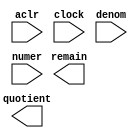
// megafunction wizard: %LPM_DIVIDE%VBB%
// GENERATION: STANDARD
// VERSION: WM1.0
// MODULE: LPM_DIVIDE 

// ============================================================
// Megafunction Name(s):
// 			LPM_DIVIDE
//
// Simulation Library Files(s):
// 			lpm
// ============================================================
// ************************************************************
// THIS IS A WIZARD-GENERATED FILE. DO NOT EDIT THIS FILE!
//
// 16.1.0 Build 196 10/24/2016 SJ Lite Edition
// ************************************************************

//Copyright (C) 2016  Intel Corporation. All rights reserved.
//Your use of Intel Corporation's design tools, logic functions 
//and other software and tools, and its AMPP partner logic 
//functions, and any output files from any of the foregoing 
//(including device programming or simulation files), and any 
//associated documentation or information are expressly subject 
//to the terms and conditions of the Intel Program License 
//Subscription Agreement, the Intel Quartus Prime License Agreement,
//the Intel MegaCore Function License Agreement, or other 
//applicable license agreement, including, without limitation, 
//that your use is for the sole purpose of programming logic 
//devices manufactured by Intel and sold by Intel or its 
//authorized distributors.  Please refer to the applicable 
//agreement for further details.

module signed_divide_delay (
	aclr,
	clock,
	denom,
	numer,
	quotient,
	remain);

	input	  aclr;
	input	  clock;
	input	[27:0]  denom;
	input	[27:0]  numer;
	output	[27:0]  quotient;
	output	[27:0]  remain;

endmodule

// ============================================================
// CNX file retrieval info
// ============================================================
// Retrieval info: PRIVATE: INTENDED_DEVICE_FAMILY STRING "MAX 10"
// Retrieval info: PRIVATE: PRIVATE_LPM_REMAINDERPOSITIVE STRING "TRUE"
// Retrieval info: PRIVATE: PRIVATE_MAXIMIZE_SPEED NUMERIC "-1"
// Retrieval info: PRIVATE: SYNTH_WRAPPER_GEN_POSTFIX STRING "0"
// Retrieval info: PRIVATE: USING_PIPELINE NUMERIC "1"
// Retrieval info: PRIVATE: VERSION_NUMBER NUMERIC "2"
// Retrieval info: PRIVATE: new_diagram STRING "1"
// Retrieval info: LIBRARY: lpm lpm.lpm_components.all
// Retrieval info: CONSTANT: LPM_DREPRESENTATION STRING "SIGNED"
// Retrieval info: CONSTANT: LPM_HINT STRING "LPM_REMAINDERPOSITIVE=TRUE"
// Retrieval info: CONSTANT: LPM_NREPRESENTATION STRING "SIGNED"
// Retrieval info: CONSTANT: LPM_PIPELINE NUMERIC "1"
// Retrieval info: CONSTANT: LPM_TYPE STRING "LPM_DIVIDE"
// Retrieval info: CONSTANT: LPM_WIDTHD NUMERIC "28"
// Retrieval info: CONSTANT: LPM_WIDTHN NUMERIC "28"
// Retrieval info: USED_PORT: aclr 0 0 0 0 INPUT NODEFVAL "aclr"
// Retrieval info: USED_PORT: clock 0 0 0 0 INPUT NODEFVAL "clock"
// Retrieval info: USED_PORT: denom 0 0 28 0 INPUT NODEFVAL "denom[27..0]"
// Retrieval info: USED_PORT: numer 0 0 28 0 INPUT NODEFVAL "numer[27..0]"
// Retrieval info: USED_PORT: quotient 0 0 28 0 OUTPUT NODEFVAL "quotient[27..0]"
// Retrieval info: USED_PORT: remain 0 0 28 0 OUTPUT NODEFVAL "remain[27..0]"
// Retrieval info: CONNECT: @aclr 0 0 0 0 aclr 0 0 0 0
// Retrieval info: CONNECT: @clock 0 0 0 0 clock 0 0 0 0
// Retrieval info: CONNECT: @denom 0 0 28 0 denom 0 0 28 0
// Retrieval info: CONNECT: @numer 0 0 28 0 numer 0 0 28 0
// Retrieval info: CONNECT: quotient 0 0 28 0 @quotient 0 0 28 0
// Retrieval info: CONNECT: remain 0 0 28 0 @remain 0 0 28 0
// Retrieval info: GEN_FILE: TYPE_NORMAL signed_divide_delay.v TRUE
// Retrieval info: GEN_FILE: TYPE_NORMAL signed_divide_delay.inc FALSE
// Retrieval info: GEN_FILE: TYPE_NORMAL signed_divide_delay.cmp FALSE
// Retrieval info: GEN_FILE: TYPE_NORMAL signed_divide_delay.bsf FALSE
// Retrieval info: GEN_FILE: TYPE_NORMAL signed_divide_delay_inst.v FALSE
// Retrieval info: GEN_FILE: TYPE_NORMAL signed_divide_delay_bb.v TRUE
// Retrieval info: LIB_FILE: lpm